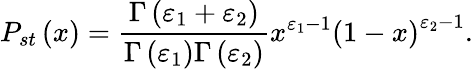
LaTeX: P_{st}\left(x\right)=\frac{\Gamma\left(\varepsilon_{1}+\varepsilon_{2}\right)}{\Gamma\left(\varepsilon_{1}\right)\Gamma\left(\varepsilon_{2}\right)}x^{\varepsilon_{1}-1}\left(1-x\right)^{\varepsilon_{2}-1}.